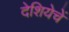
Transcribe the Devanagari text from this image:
देशियेचें